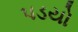
પડયો